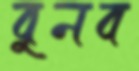
বুনব